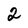
Character: 2